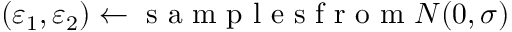
( \varepsilon _ { 1 } , \varepsilon _ { 2 } ) \gets \mathrm { ~ s ~ a ~ m ~ p ~ l ~ e ~ s ~ f ~ r ~ o ~ m ~ } { \cal N } ( 0 , \sigma )